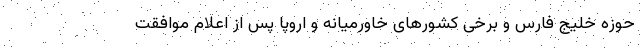
حوزه خلیج فارس و برخی کشورهای خاورمیانه و اروپا پس از اعلام موافقت